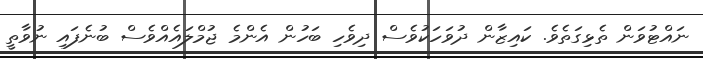
ނައްޓުވަން ތެޅިގަތެވެ. ކައިޒާން ދުވަހަކުވެސް ދިވެހި ބަހުން އެންމެ ޖުމްލައެއްވެސް ބުނެފައި ނުވާތީ